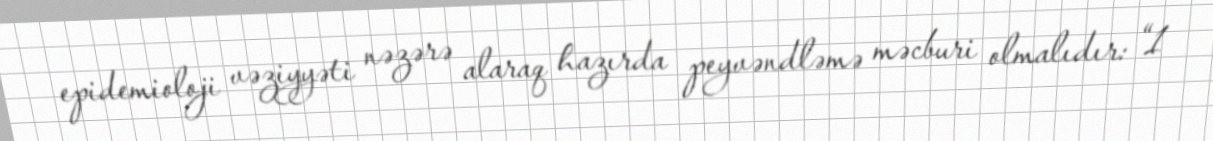
epidemioloji vəziyyəti nəzərə alaraq hazırda peyvəndləmə məcburi olmalıdır: “1